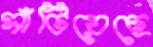
সাঁটিয়েছে